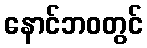
နောင်ဘဝတွင်